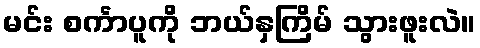
မင်း စင်္ကာပူကို ဘယ်နှကြိမ် သွားဖူးလဲ။